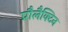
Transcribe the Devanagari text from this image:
प्रौलैक्टिन